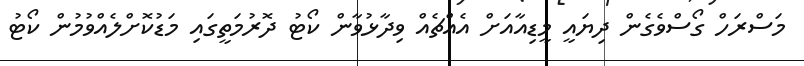
މަސްރަހް ގޯސްވެގެން ދިޔައީ މީޑިއާއަށް އެއްޗެއް ވިދާޅުވާން ކޯޓު ދޮރުމަތީގައި މަޑުކޮށްލެއްވުމުން ކޯޓު